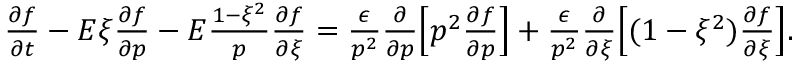
\begin{array} { r } { \frac { \partial f } { \partial t } - E \xi \frac { \partial f } { \partial p } - E \frac { 1 - \xi ^ { 2 } } { p } \frac { \partial f } { \partial \xi } = \frac { \epsilon } { p ^ { 2 } } \frac { \partial } { \partial p } \Big [ p ^ { 2 } \frac { \partial f } { \partial p } \Big ] + \frac { \epsilon } { p ^ { 2 } } \frac { \partial } { \partial \xi } \Big [ ( 1 - \xi ^ { 2 } ) \frac { \partial f } { \partial \xi } \Big ] . } \end{array}